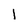
Character: 1